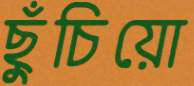
ছুঁচিয়ো